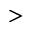
>